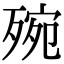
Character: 㱧